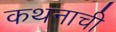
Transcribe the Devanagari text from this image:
कथनाची